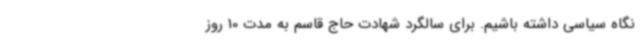
نگاه سیاسی داشته باشیم. برای سالگرد شهادت حاج قاسم به مدت 10 روز